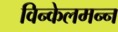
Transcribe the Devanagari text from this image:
विन्केलमन्न